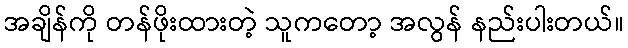
အချိန်ကို တန်ဖိုးထားတဲ့ သူကတော့ အလွန် နည်းပါးတယ်။